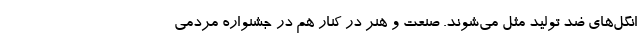
انگل‌های ضد تولید مثل می‌شوند. صنعت و هنر در کنار هم در جشنواره مردمی